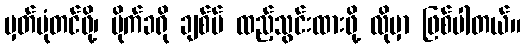
မှတ်ပုံတင်ဖို့၊ မိုက်ခရို ချစ်ပ် ထည့်သွင်းထားဖို့ လိုမှာ ဖြစ်ပါတယ်။